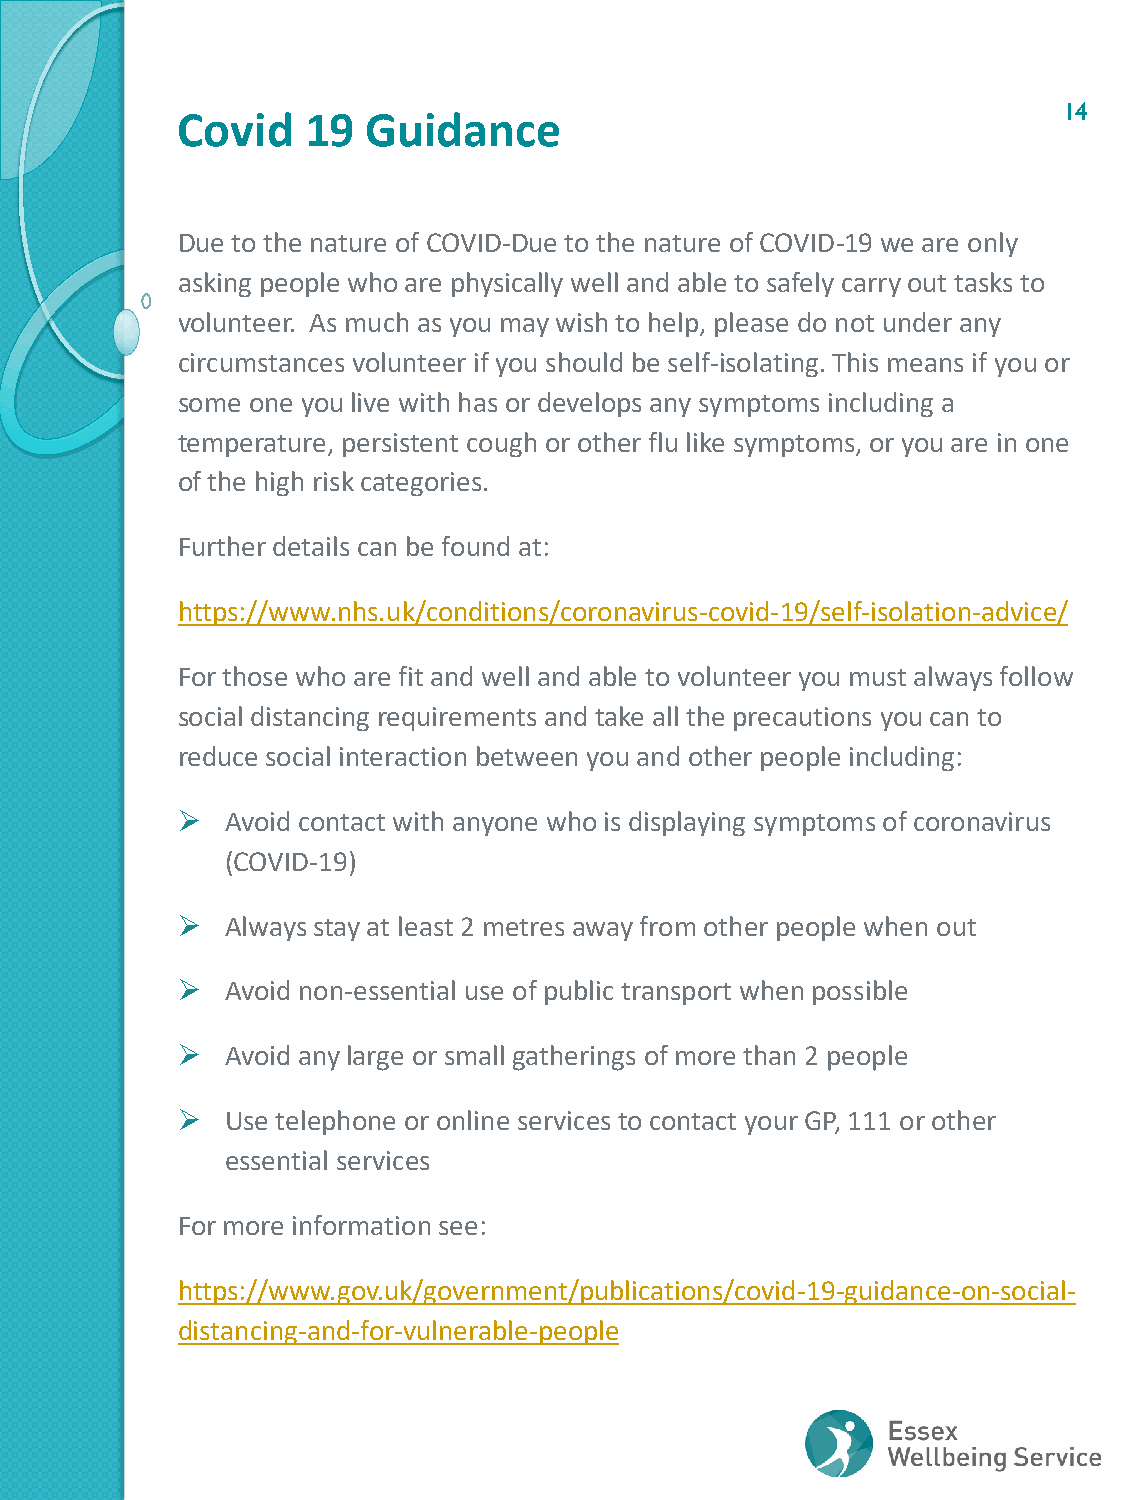
14
 Covid   19  Guidance
 Due to the nature of COVID-Due to the nature of COVID-19 we are only
 asking people who are physically well and able to safely carry out tasks to
 volunteer. As much as you may wish to help, please do not under any
 circumstances volunteer if you should be self-isolating. This means if you or
 some one you live with has or develops any symptoms including a
 temperature, persistent cough or other flu like symptoms, or you are in one
 of the high risk categories.
 Further details can be found at:
 https://www.nhs.uk/conditions/coronavirus-covid-19/self-isolation-advice/
 For those who are fit and well and able to volunteer you must always follow
 social distancing requirements and take all the precautions you can to
 reduce social interaction between you and other people including:
   Avoid contact with anyone who is displaying symptoms of coronavirus
 (COVID-19)
   Always stay at least 2 metres away from other people when out
   Avoid non-essential use of public transport when possible
   Avoid any large or small gatherings of more than 2 people
   Use telephone or online services to contact your GP, 111 or other
 essential services
 For more information see:
 https://www.gov.uk/government/publications/covid-19-guidance-on-social-
 distancing-and-for-vulnerable-people